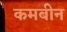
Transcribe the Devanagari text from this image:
कमबीन